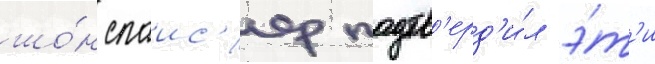
шо́н спаис'ер подтв'ерд'и́л э́т'и